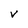
Character: V